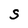
Character: S